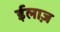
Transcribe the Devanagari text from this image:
ईलाज़